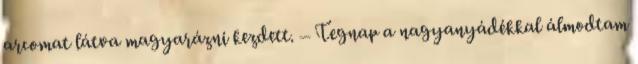
arcomat látva magyarázni kezdett. – Tegnap a nagyanyádékkal álmodtam